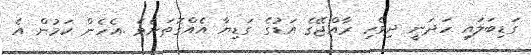
ގަޑިބަލައި ހަދަނީ ދިވެހި ރާއްޖޭގެ އަޑުގެ ގަޑިޔާ އެއްގޮތަށެވެ .އެހެން ކަމުން އެ